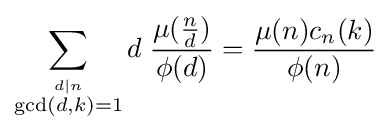
\sum _{\stackrel {d\mid n}{\gcd(d,k)=1}}d\;{\frac {\mu ({\tfrac {n}{d}})}{\phi (d)}}={\frac {\mu (n)c_{n}(k)}{\phi (n)}}